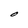
Character: O